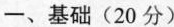
一、基础(20分)